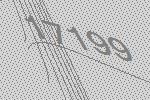
17199